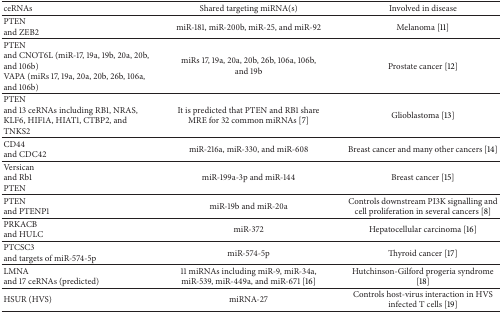
<table><thead><tr><td><b>ceRNAs</b></td><td><b>Shared targeting miRNA(s)</b></td><td><b>Involved in disease</b></td></tr></thead><tbody><tr><td>PTENand ZEB2</td><td>miR-181, miR-200b, miR-25, and miR-92</td><td>Melanoma [11]</td></tr><tr><td>PTENand CNOT6L (miR-17, 19a, 19b, 20a, 20b, and 106b) VAPA (miRs 17, 19a, 20a, 20b, 26b, 106a, and 106b)</td><td>miRs 17, 19a, 20a, 20b, 26b, 106a, 106b, and 19b</td><td>Prostate cancer [12]</td></tr><tr><td>PTENand 13 ceRNAs including RB1, NRAS, KLF6, HIF1A, HIAT1, CTBP2, and TNKS2</td><td>It is predicted that PTEN and RB1 share MRE for 32 common miRNAs [7]</td><td>Glioblastoma [13]</td></tr><tr><td>CD44 and CDC42</td><td>miR-216a, miR-330, and miR-608</td><td>Breast cancer and many other cancers [14]</td></tr><tr><td>Versicanand Rb1 PTEN</td><td>miR-199a-3p and miR-144</td><td>Breast cancer [15]</td></tr><tr><td>PTENand PTENP1</td><td>miR-19b and miR-20a</td><td>Controls downstream PI3K signalling and cell proliferation in several cancers [8]</td></tr><tr><td>PRKACBand HULC</td><td>miR-372</td><td>Hepatocellular carcinoma [16]</td></tr><tr><td>PTCSC3and targets of miR-574-5p</td><td>miR-574-5p</td><td>Thyroid cancer [17]</td></tr><tr><td>LMNAand 17 ceRNAs (predicted)</td><td>11 miRNAs including miR-9, miR-34a, miR-539, miR-449a, and miR-671 [16]</td><td>Hutchinson-Gilford progeria syndrome [18]</td></tr><tr><td>HSUR (HVS)</td><td>miRNA-27</td><td>Controls host-virus interaction in HVS infected T cells [19]</td></tr></tbody></table>